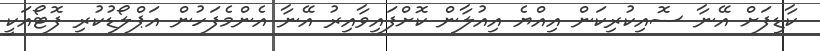
ކާޑިފަށް އޭނާ ސޮއިކުރިކަން އިއްޔެ އިއުލާން ކޮށްފައިވާއިރު އޭނާ އެންމެފަހުން އަޕްލޯޑުކުރި ފޮޓޯއަކީ